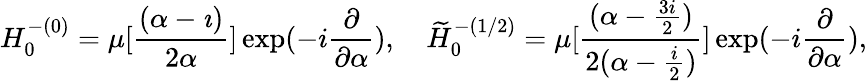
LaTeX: H_{0}^{-(0)}=\mu[\frac{(\alpha-\imath)}{2{\alpha}}]\exp(-i\frac{\partial}{{\partial}{\alpha}}),\quad\widetilde{H}_{0}^{-(1/2)}=\mu[\frac{(\alpha-\frac{3i}{2})}{2({\alpha}-\frac{i}{2})}]\exp(-i\frac{\partial}{{\partial}{\alpha}}),